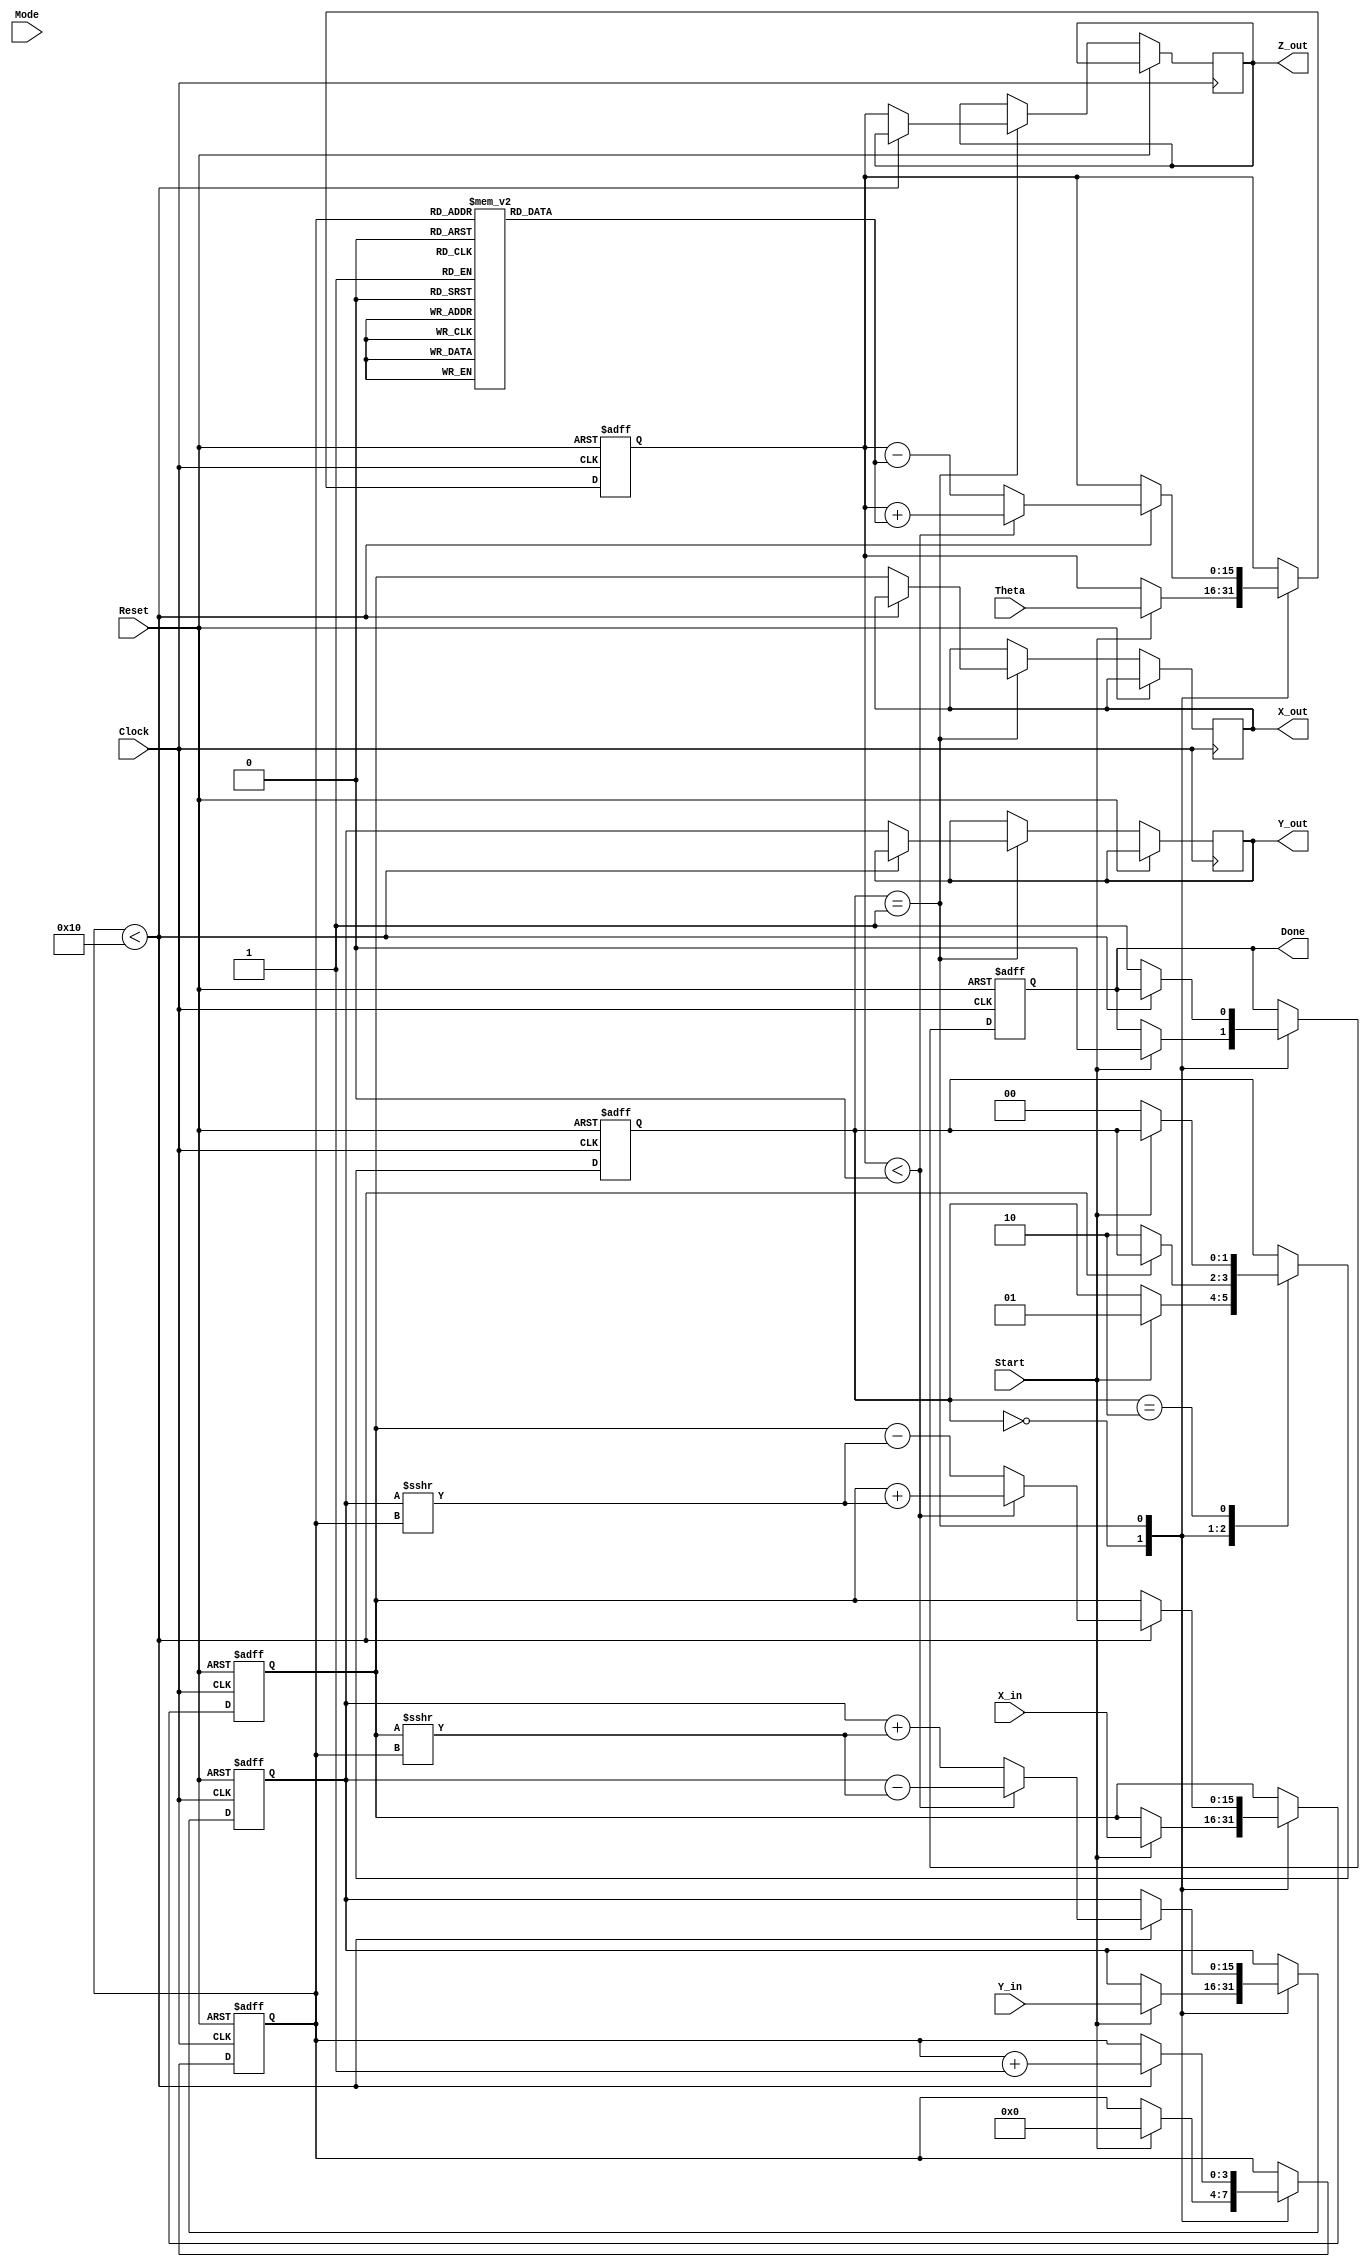
module cordic_arithmetic_block (
    input wire signed [15:0] X_in,      // Input x-coordinate
    input wire signed [15:0] Y_in,      // Input y-coordinate
    input wire signed [15:0] Theta,      // Input angle in radians
    input wire Mode,                     // Mode: 0 for rotation, 1 for vectoring
    input wire Start,                    // Start signal
    input wire Clock,                    // System clock
    input wire Reset,                    // Asynchronous reset
    output reg signed [15:0] X_out,     // Output x-coordinate
    output reg signed [15:0] Y_out,     // Output y-coordinate
    output reg signed [15:0] Z_out,     // Output angle
    output reg Done                      // Completion signal
);

    // Parameters
    parameter NUM_ITERATIONS = 16;      // Number of CORDIC iterations
    parameter FIXED_POINT_SCALE = 16;   // Scale for fixed-point representation

    // Internal signals
    reg signed [15:0] x_reg, y_reg;     // Registers for x and y coordinates
    reg signed [15:0] z_reg;             // Register for angle
    reg [3:0] iteration;                 // Iteration counter
    reg [15:0] atan_table [0:NUM_ITERATIONS-1]; // Lookup table for arctangent values
    reg [1:0] state;                     // State for FSM

    // State encoding
    localparam IDLE = 2'b00;
    localparam COMPUTE = 2'b01;
    localparam DONE_STATE = 2'b10;

    // Initialize arctangent values (fixed-point representation)
    initial begin
        atan_table[0] = 16'h2000; // atan(2^-0)
        atan_table[1] = 16'h1666; // atan(2^-1)
        atan_table[2] = 16'h0D89; // atan(2^-2)
        atan_table[3] = 16'h0A3D; // atan(2^-3)
        atan_table[4] = 16'h0523; // atan(2^-4)
        atan_table[5] = 16'h028F; // atan(2^-5)
        atan_table[6] = 16'h0143; // atan(2^-6)
        atan_table[7] = 16'h00A2; // atan(2^-7)
        atan_table[8] = 16'h0051; // atan(2^-8)
        atan_table[9] = 16'h0028; // atan(2^-9)
        atan_table[10] = 16'h0014; // atan(2^-10)
        atan_table[11] = 16'h000A; // atan(2^-11)
        atan_table[12] = 16'h0005; // atan(2^-12)
        atan_table[13] = 16'h0002; // atan(2^-13)
        atan_table[14] = 16'h0001; // atan(2^-14)
        atan_table[15] = 16'h0000; // atan(2^-15)
    end

    // State machine and computation
    always @(posedge Clock or posedge Reset) begin
        if (Reset) begin
            // Reset all registers and outputs
            x_reg <= 0;
            y_reg <= 0;
            z_reg <= 0;
            Done <= 0;
            iteration <= 0;
            state <= IDLE;
        end else begin
            case (state)
                IDLE: begin
                    if (Start) begin
                        // Load inputs and initialize
                        x_reg <= X_in;
                        y_reg <= Y_in;
                        z_reg <= Theta;
                        iteration <= 0;
                        Done <= 0;
                        state <= COMPUTE;
                    end
                end

                COMPUTE: begin
                    if (iteration < NUM_ITERATIONS) begin
                        // CORDIC rotation logic
                        if (Mode == 0) begin // Rotation mode
                            if (z_reg < 0) begin
                                // Rotate clockwise
                                x_reg <= x_reg + (y_reg >>> iteration);
                                y_reg <= y_reg - (x_reg >>> iteration);
                                z_reg <= z_reg + atan_table[iteration];
                            end else begin
                                // Rotate counterclockwise
                                x_reg <= x_reg - (y_reg >>> iteration);
                                y_reg <= y_reg + (x_reg >>> iteration);
                                z_reg <= z_reg - atan_table[iteration];
                            end
                        end else begin // Vectoring mode
                            // Vectoring logic (similar to rotation)
                            if (z_reg < 0) begin
                                x_reg <= x_reg + (y_reg >>> iteration);
                                y_reg <= y_reg - (x_reg >>> iteration);
                                z_reg <= z_reg + atan_table[iteration];
                            end else begin
                                x_reg <= x_reg - (y_reg >>> iteration);
                                y_reg <= y_reg + (x_reg >>> iteration);
                                z_reg <= z_reg - atan_table[iteration];
                            end
                        end
                        iteration <= iteration + 1;
                    end else begin
                        // Finished computation
                        X_out <= x_reg;
                        Y_out <= y_reg;
                        Z_out <= z_reg;
                        Done <= 1;
                        state <= DONE_STATE;
                    end
                end

                DONE_STATE: begin
                    // Stay in done state until reset
                    if (!Start) begin
                        state <= IDLE; // Go back to IDLE on Start signal low
                    end
                end
            endcase
        end
    end
endmodule